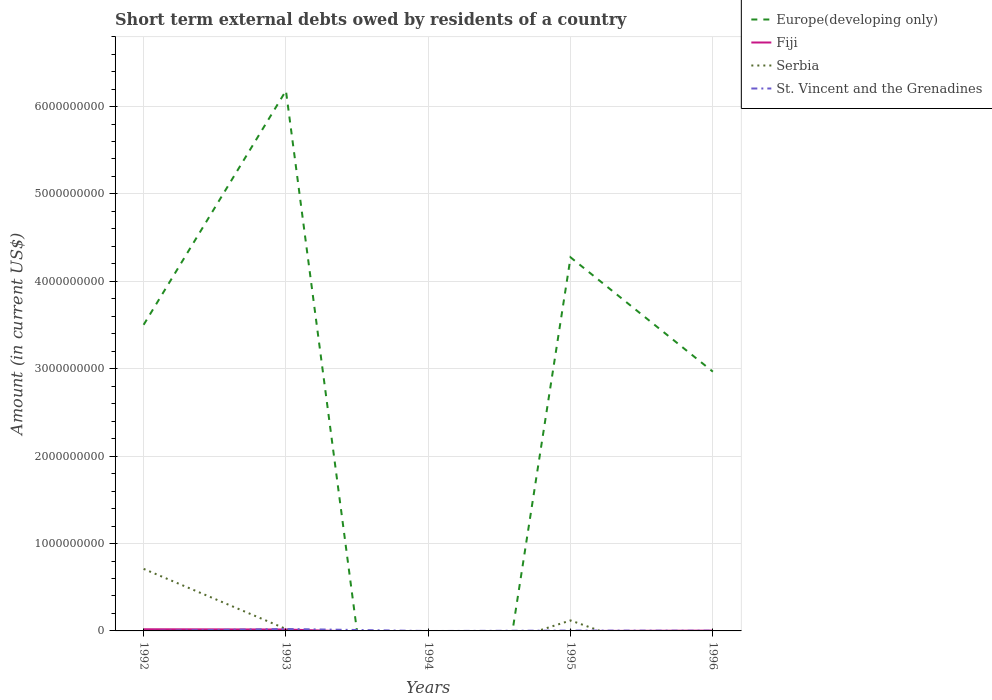
| Years | Europe(developing only) | Fiji | Serbia | St. Vincent and the Grenadines |
 | --- | --- | --- | --- | --- |
 | 1992 | 3.5e+09 | 1.91e+07 | 7.1e+08 | -4.3e+05 |
 | 1993 | 6.18e+09 | 1.62e+07 | 2.26e+07 | 2.22e+07 |
 | 1994 | -6.2e+09 | -3.07e+07 | -4.02e+08 | -9.97e+05 |
 | 1995 | 4.27e+09 | -1.12e+06 | 1.2e+08 | 4.19e+06 |
 | 1996 | 2.97e+09 | 3.51e+06 | -4.57e+08 | 2.01e+06 |